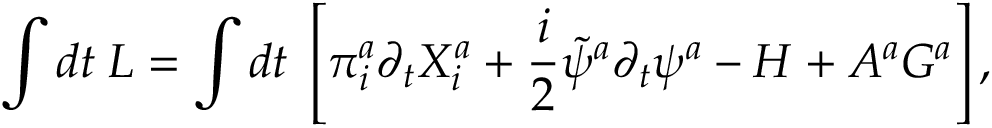
\int d t \; { \cal L } = \int d t \; \left[ \pi _ { i } ^ { a } \partial _ { t } X _ { i } ^ { a } + \frac { i } { 2 } \tilde { \psi } ^ { a } \partial _ { t } \psi ^ { a } - H + A ^ { a } G ^ { a } \right] ,